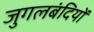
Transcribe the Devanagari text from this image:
जुगलबंदियों